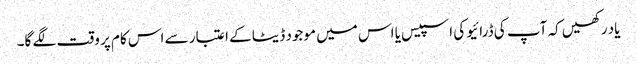
یاد رکھیں کہ آپ کی ڈرائیو کی اسپیس یا اس میں موجود ڈیٹا کے اعتبار سے اس کام پر وقت لگے گا۔